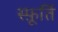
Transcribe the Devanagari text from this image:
स्फ़ूर्ति